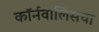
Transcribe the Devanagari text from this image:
कॉर्नवालिसचा